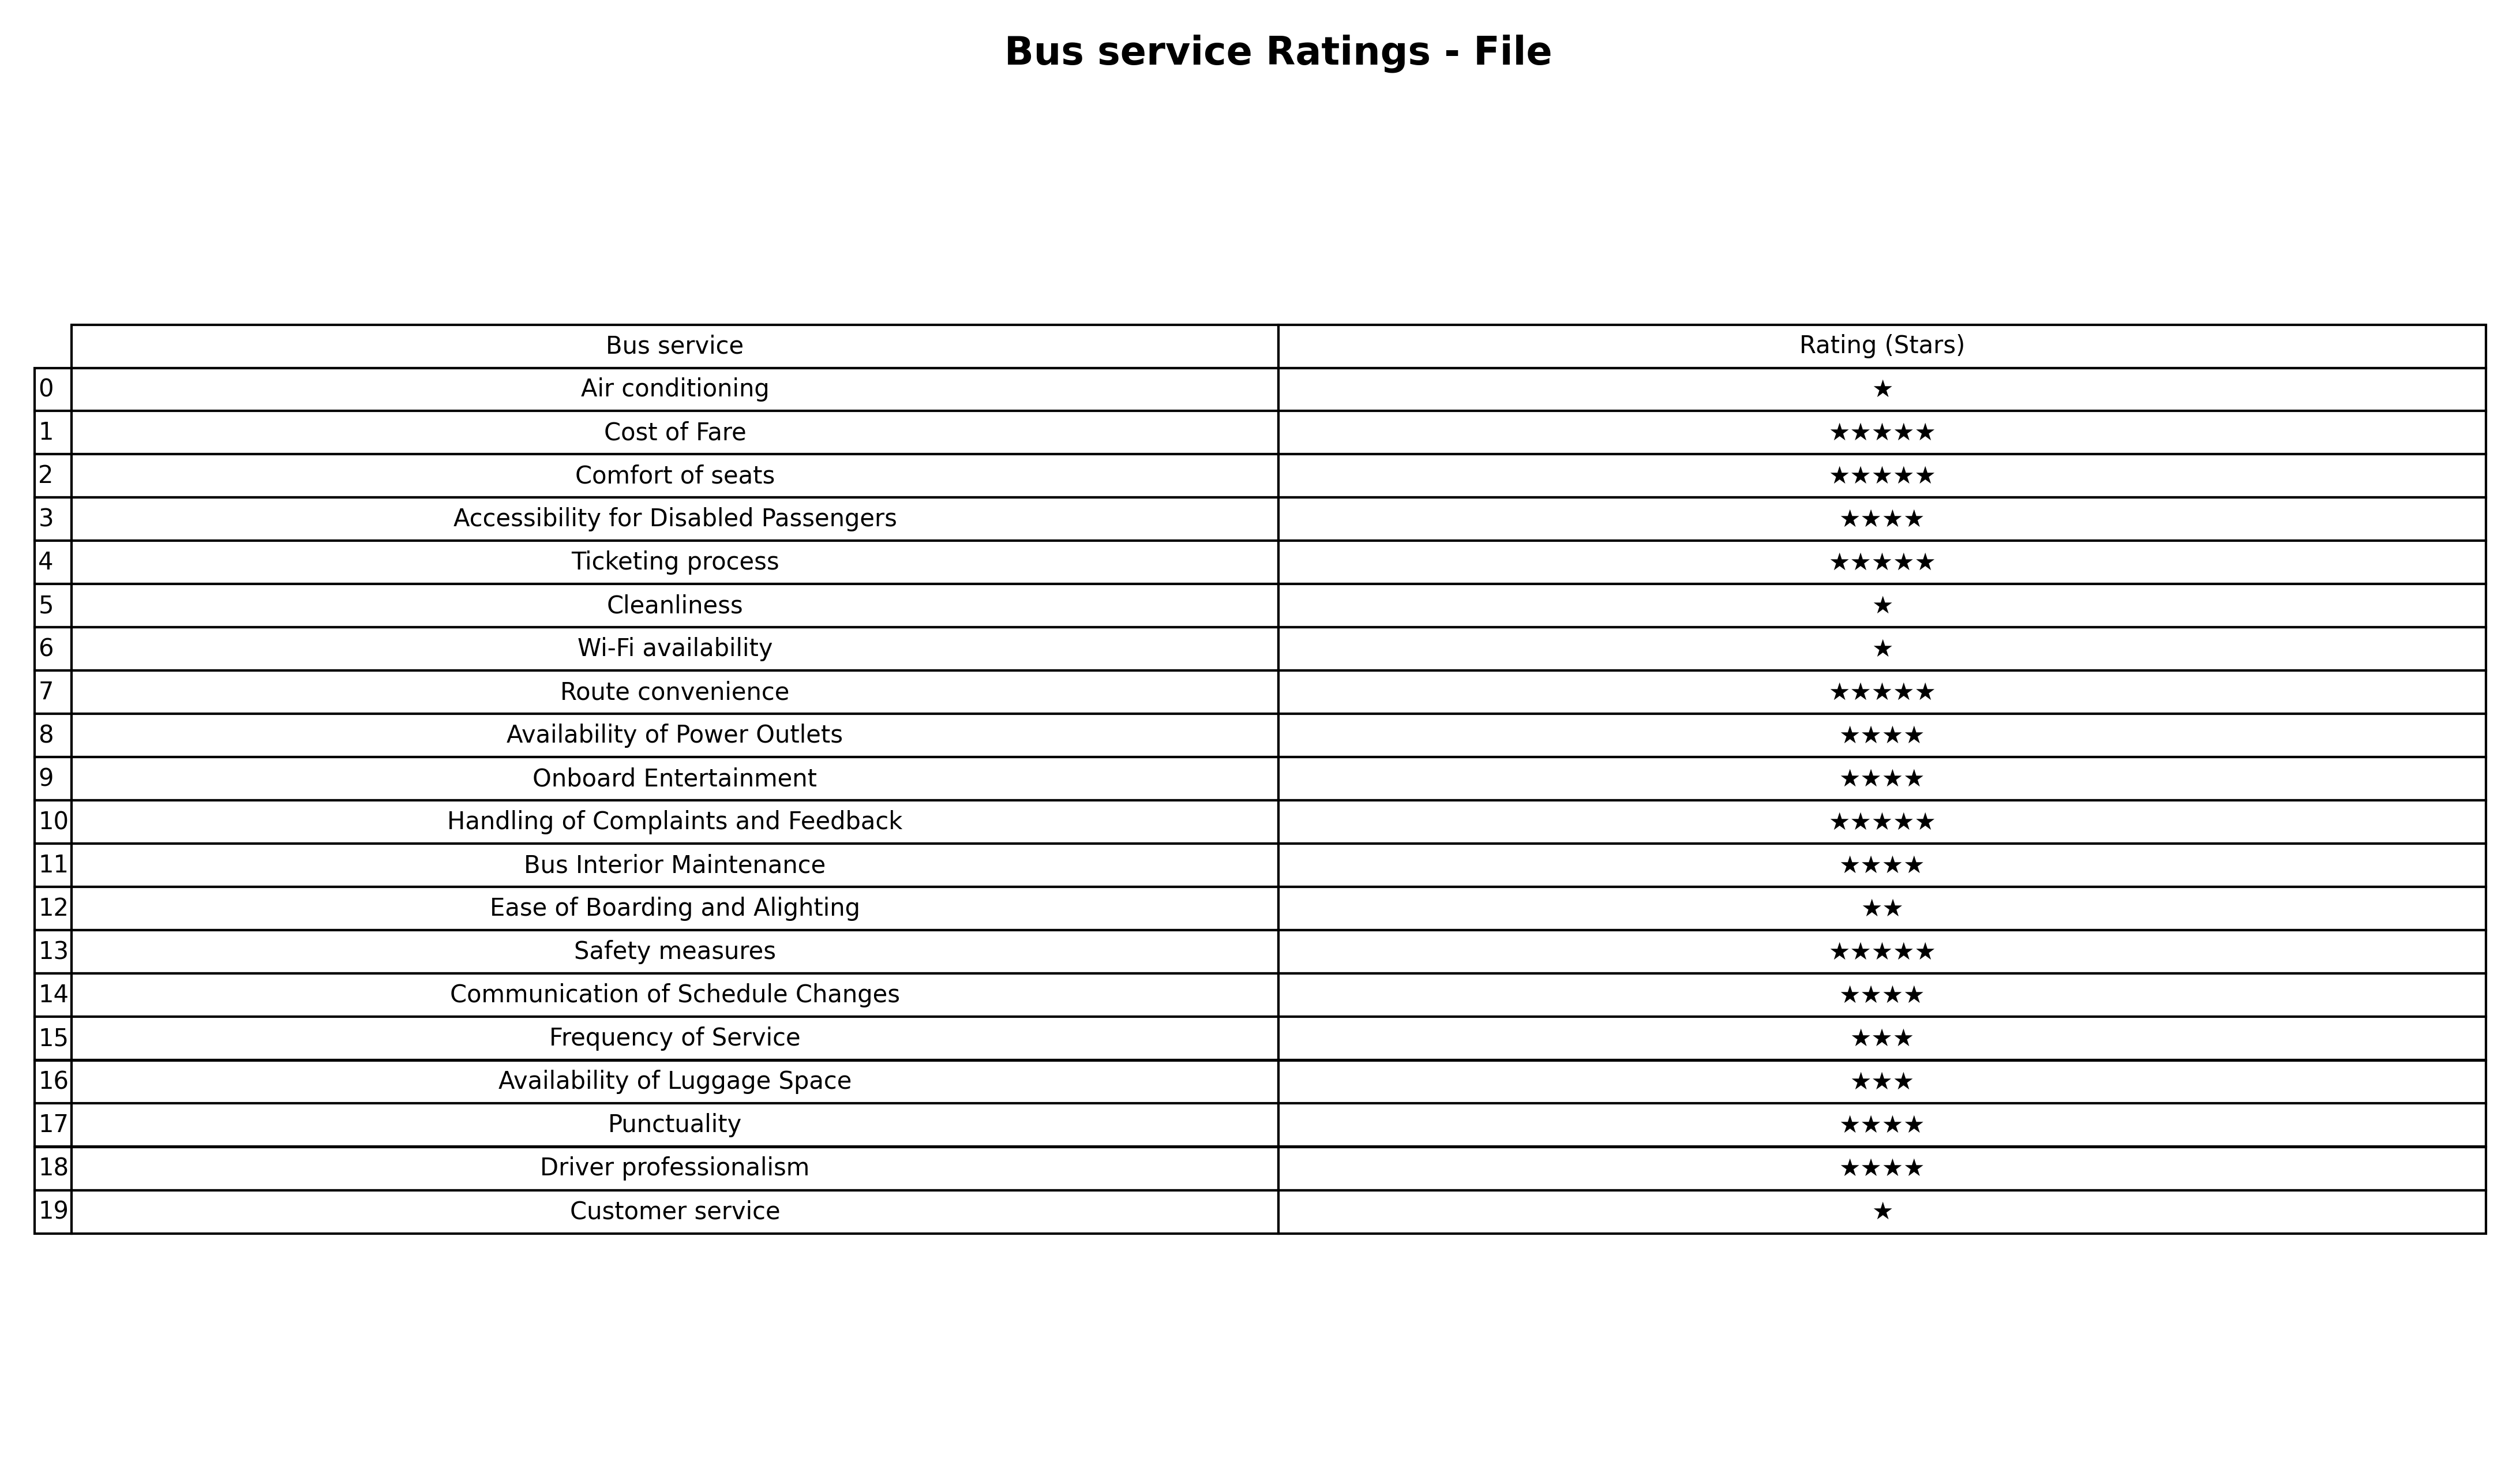
question: What is the rating of Punctuality?
answer: ★★★★